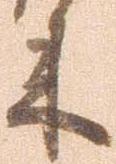
来